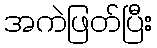
အကဲဖြတ်ပြီး